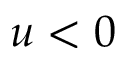
u < 0